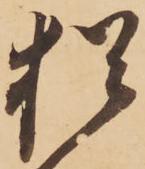
猶